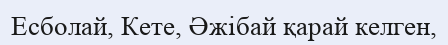
Есболай, Кете, Әжібай қарай келген,